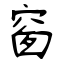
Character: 窗